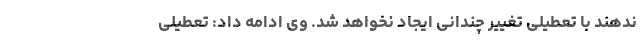
ندهند با تعطیلی تغییر چندانی ایجاد نخواهد شد. وی ادامه داد: تعطیلی